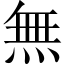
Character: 無